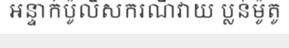
អន្ទាក់ប៉ូលិសករណីវាយ ប្លន់ម៉ូតូ